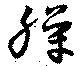
臊